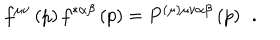
f ^ { \mu \nu } \left( p \right) f ^ { * \alpha \beta } \left( p \right) = P ^ { ( \mu ) \mu \nu \alpha \beta } \left( p \right) \; \, .